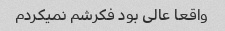
واقعا عالی بود فکرشم نمیکردم